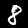
Label: 8